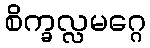
စိက္ခလ္လမဂ္ဂေ